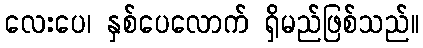
လေးပေ၊ နှစ်ပေလောက် ရှိမည်ဖြစ်သည်။